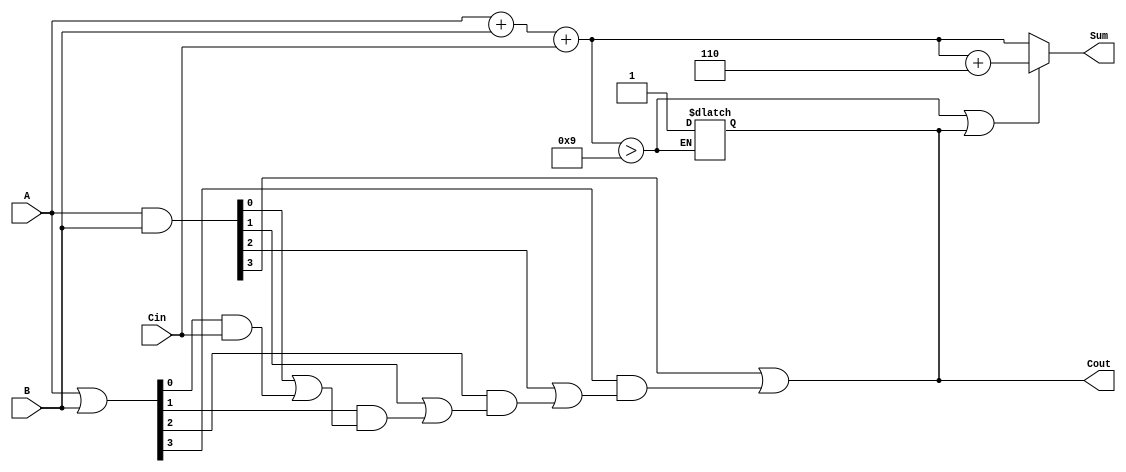
module BCD_Carry_Lookahead_Adder (
    input  [3:0] A,      // First BCD digit
    input  [3:0] B,      // Second BCD digit
    input        Cin,     // Carry input
    output reg [3:0] Sum, // BCD Sum output
    output reg Cout       // Carry output
);

    wire [3:0] S;        // Intermediate sum
    wire [3:0] G;        // Generate signals
    wire [3:0] P;        // Propagate signals
    wire C1, C2, C3;     // Intermediate carry signals

    // Step 1: Calculate initial sum
    assign S = A + B + Cin;

    // Step 2: Generate and propagate logic
    assign G = A & B;                // Generate
    assign P = A | B;                // Propagate

    // Carry lookahead logic
    assign C1 = G[0] | (P[0] & Cin);
    assign C2 = G[1] | (P[1] & C1);
    assign C3 = G[2] | (P[2] & C2);
    assign Cout = G[3] | (P[3] & C3);

    // Step 3: BCD Correction Logic
    always @(*) begin
        if (S > 4'b1001 || Cout) begin
            Sum = S + 4'b0110; // Add 6 for correction
        end else begin
            Sum = S; // No correction needed
        end
        Cout = (S > 4'b1001) ? 1'b1 : Cout; // Update Cout if necessary
    end

endmodule